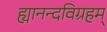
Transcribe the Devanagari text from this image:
ह्यानन्दविग्रहम्